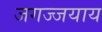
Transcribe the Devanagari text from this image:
जगज्जयाय